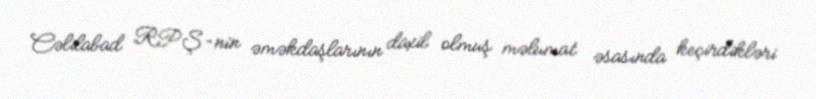
Cəlilabad RPŞ-nin əməkdaşlarının daxil olmuş məlumat əsasında keçirdikləri